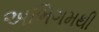
અભિગમથી